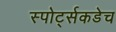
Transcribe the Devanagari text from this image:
स्पोर्ट्सकडेच